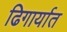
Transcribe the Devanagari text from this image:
ढिगार्यात